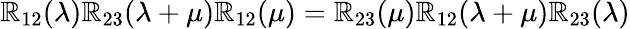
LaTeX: \mathbb{R}_{12}(\lambda)\mathbb{R}_{23}(\lambda+\mu)\mathbb{R}_{12}(\mu)=\mathbb{R}_{23}(\mu)\mathbb{R}_{12}(\lambda+\mu)\mathbb{R}_{23}(\lambda)